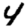
Digit: 4